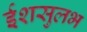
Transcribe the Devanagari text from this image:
ईशसुलभ